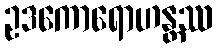
ဥဒကောရောဟန္တဿ